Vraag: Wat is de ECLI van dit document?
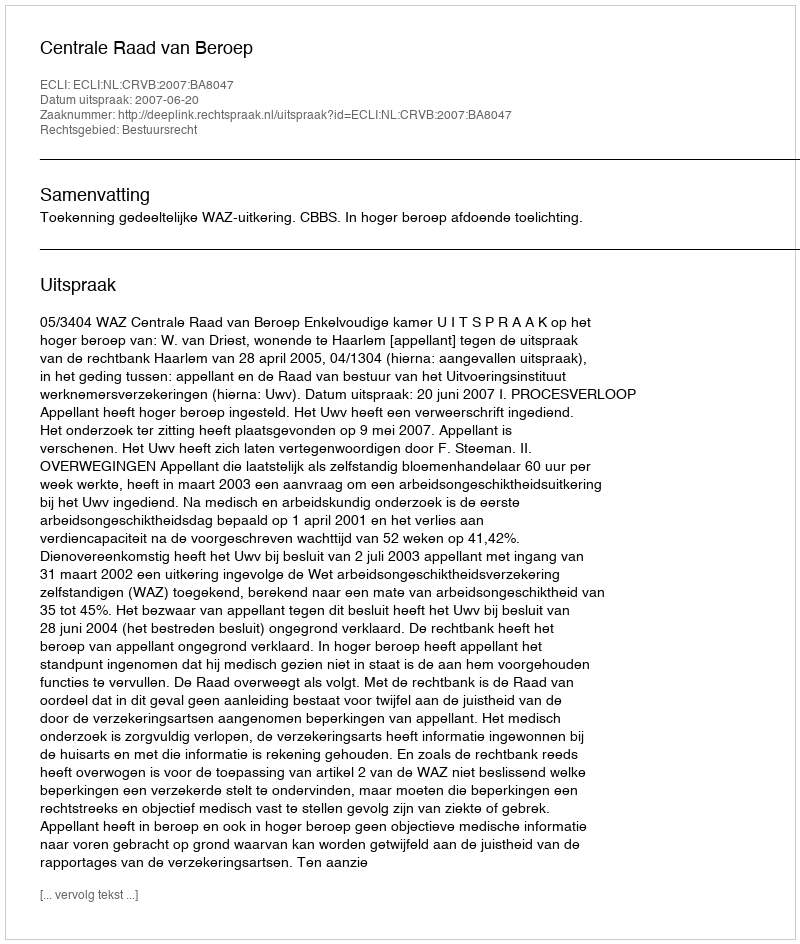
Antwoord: ECLI:NL:CRVB:2007:BA8047